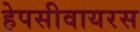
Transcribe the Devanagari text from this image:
हेपसीवायरस